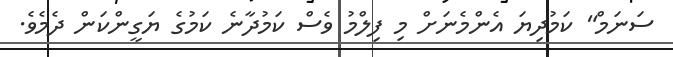
ސަނަމް" ކަމުދިޔަ އެންމެނަށް މި ފިލްމު ވެސް ކަމުދާނެ ކަމުގެ ޔަގީންކަން ދެމެވެ.